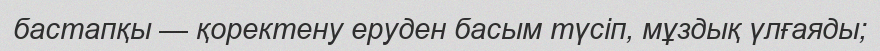
бастапқы — қоректену еруден басым түсіп, мұздық үлғаяды;